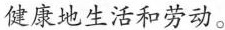
健康地生活和劳动。